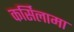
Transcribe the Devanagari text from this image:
कर्सिलामा